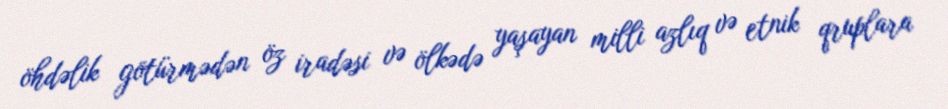
öhdəlik götürmədən öz iradəsi və ölkədə yaşayan milli azlıq və etnik qruplara